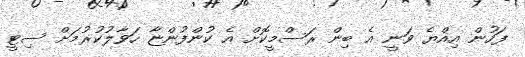
ފަހުން އިއްޔެ ވަނީ އެ ބިން ރަސްމީކޮށް އެ ކުންފުންޏާ ހަވާލުކުރުމަށް ސިޓީ